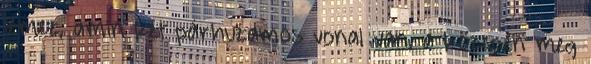
lemez, amin két párhuzamos vonal van, a közepén meg